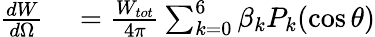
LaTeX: \begin{array}{rl}{\frac{dW}{d\Omega}}&{{}=\frac{W_{tot}}{4\pi}\sum_{k=0}^{6}\beta_{k}P_{k}(\cos{\theta})}\end{array}